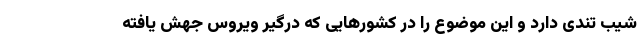
شیب تندی دارد و این موضوع را در کشور‌هایی که درگیر ویروس جهش یافته